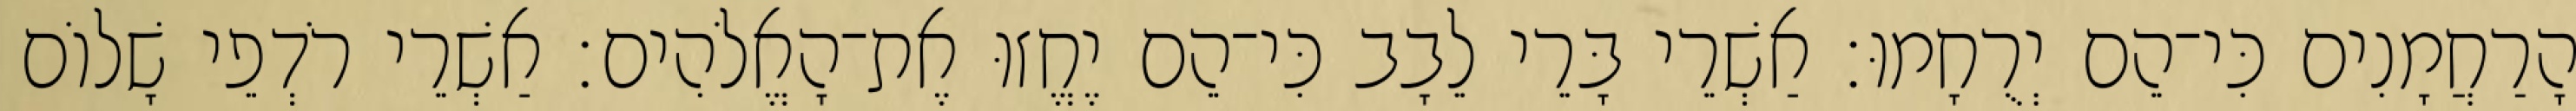
הָרַחֲמָנִים כִּי־הֵם יְרֻחָמוּ׃ אַשְׁרֵי בָּרֵי לֵבָב כִּי־הֵם יֶחֱזוּ אֶת־הָאֱלֹהִים׃ אַשְׁרֵי רֹדְפֵי שָׁלוֹם